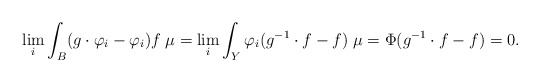
\begin{align*}\lim\limits_{i}\int_B (g\cdot\varphi_i-\varphi_i)f\;\mu=\lim\limits_{i}\int_Y\varphi_i(g^{-1}\cdot f-f)\;\mu=\Phi(g^{-1}\cdot f-f)=0. \end{align*}